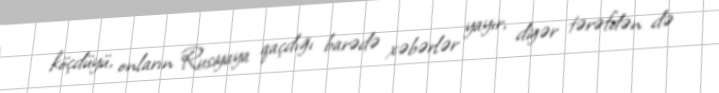
köçdüyü, onların Rusiyaya qaçdığı barədə xəbərlər yayır, digər tərəfdən də